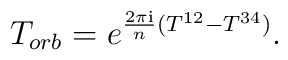
T_{orb} = e^{ \frac{2\pi {\rm i}}{n} (T^{12} - T^{34})}.